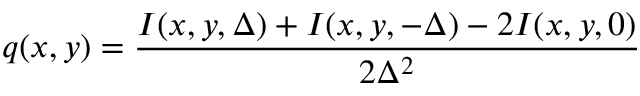
q ( x , y ) = \frac { I ( x , y , \Delta ) + I ( x , y , - \Delta ) - 2 I ( x , y , 0 ) } { 2 \Delta ^ { 2 } }